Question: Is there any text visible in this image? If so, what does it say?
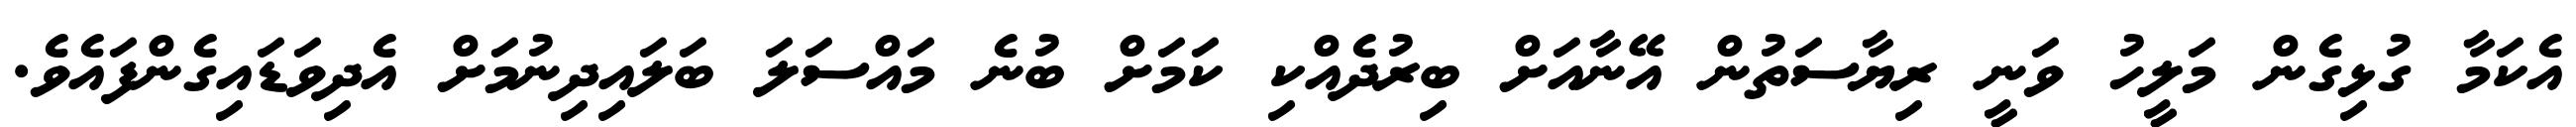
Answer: އެކަމާ ގުޅިގެން މަލީހު ވަނީ ރިޔާސަތުން އޭނާއަށް ބިރުދެއްކި ކަމަށް ބުނެ މައްސަލަ ބަލައިދިނުމަށް އެދިވަޑައިގެންފައެވެ.